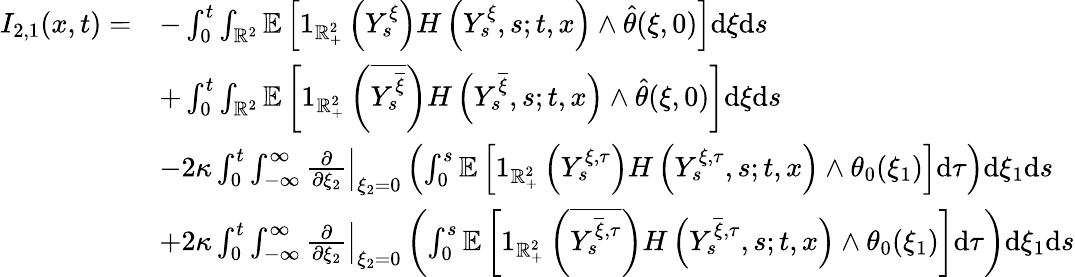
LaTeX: \begin{array}{rl}{I_{2,1}(x,t)=}&{-\int_{0}^{t}\int_{\mathbb{R}^{2}}\mathbb{E}\left[1_{\mathbb{R}_{+}^{2}}\left(Y_{s}^{\xi}\right)H\left(Y_{s}^{\xi},s;t,x\right)\wedge\hat{\theta}(\xi,0)\right]\mathrm{d}\xi\mathrm{d}s}\\ &{+\int_{0}^{t}\int_{\mathbb{R}^{2}}\mathbb{E}\left[1_{\mathbb{R}_{+}^{2}}\left(\overline{{Y_{s}^{\overline{{\xi}}}}}\right)H\left(Y_{s}^{\overline{{\xi}}},s;t,x\right)\wedge\hat{\theta}(\xi,0)\right]\mathrm{d}\xi\mathrm{d}s}\\ &{-2\kappa\int_{0}^{t}\int_{-\infty}^{\infty}\left.\frac{\partial}{\partial\xi_{2}}\right|_{\xi_{2}=0}\left(\int_{0}^{s}\mathbb{E}\left[1_{\mathbb{R}_{+}^{2}}\left(Y_{s}^{\xi,\tau}\right)H\left(Y_{s}^{\xi,\tau},s;t,x\right)\wedge\theta_{0}(\xi_{1})\right]\mathrm{d}\tau\right)\mathrm{d}\xi_{1}\mathrm{d}s}\\ &{+2\kappa\int_{0}^{t}\int_{-\infty}^{\infty}\left.\frac{\partial}{\partial\xi_{2}}\right|_{\xi_{2}=0}\left(\int_{0}^{s}\mathbb{E}\left[1_{\mathbb{R}_{+}^{2}}\left(\overline{{Y_{s}^{\overline{{\xi}},\tau}}}\right)H\left(Y_{s}^{\overline{{\xi}},\tau},s;t,x\right)\wedge\theta_{0}(\xi_{1})\right]\mathrm{d}\tau\right)\mathrm{d}\xi_{1}\mathrm{d}s}\end{array}